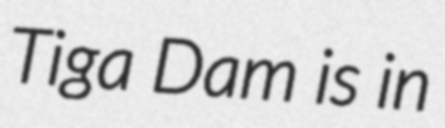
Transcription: Tiga Dam is in